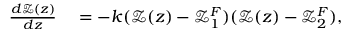
\begin{array} { r l } { \frac { d \mathcal { Z } ( z ) } { d z } } & { { } = - k ( \mathcal { Z } ( z ) - \mathcal { Z } _ { 1 } ^ { F } ) ( \mathcal { Z } ( z ) - \mathcal { Z } _ { 2 } ^ { F } ) , } \end{array}